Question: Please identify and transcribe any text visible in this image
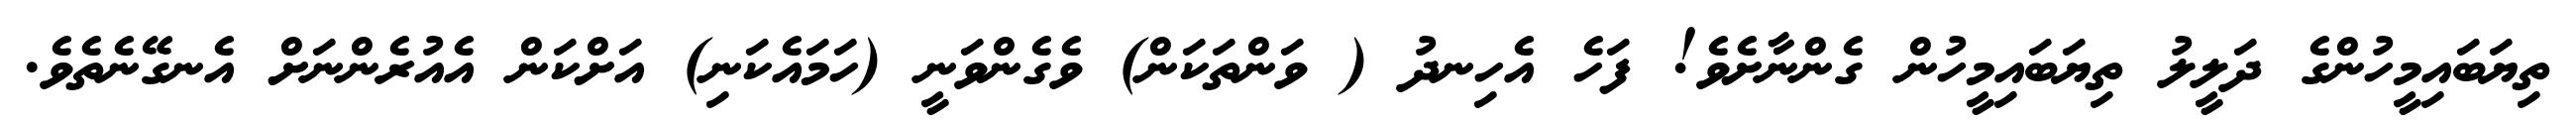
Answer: ތިޔަބައިމީހުންގެ ދަލީލު ތިޔަބައިމީހުން ގެންނާށެވެ! ފަހެ އެހިނދު ( ވަންތަކަން) ވެގެންވަނީ (ހަމައެކަނި) އަށްކަން އެއުރެންނަށް އެނގޭނެތެވެ.